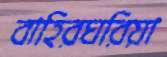
বাহিরঘরিয়া